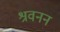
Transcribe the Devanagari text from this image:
श्रवनन